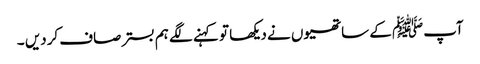
آپﷺ کے ساتھیوں نے دیکھا تو کہنے لگے ہم بسترصاف کردیں ۔